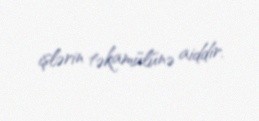
işlərin təkamülünə aiddir.